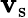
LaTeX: \mathbf{v}_{\mathrm{{s}}}